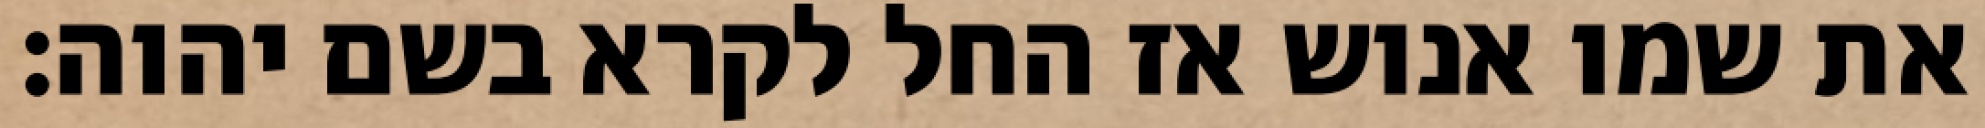
את שמו אנוש אז החל לקרא בשם יהוה׃